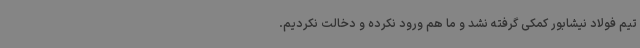
تیم فولاد نیشابور کمکی گرفته نشد و ما هم ورود نکرده و دخالت نکردیم.